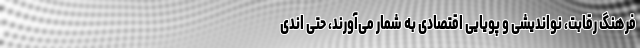
فرهنگ رقابت، نواندیشی و پویایی اقتصادی به شمار می‌آورند، حتی اندی